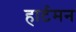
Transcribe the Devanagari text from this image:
हार्टमन